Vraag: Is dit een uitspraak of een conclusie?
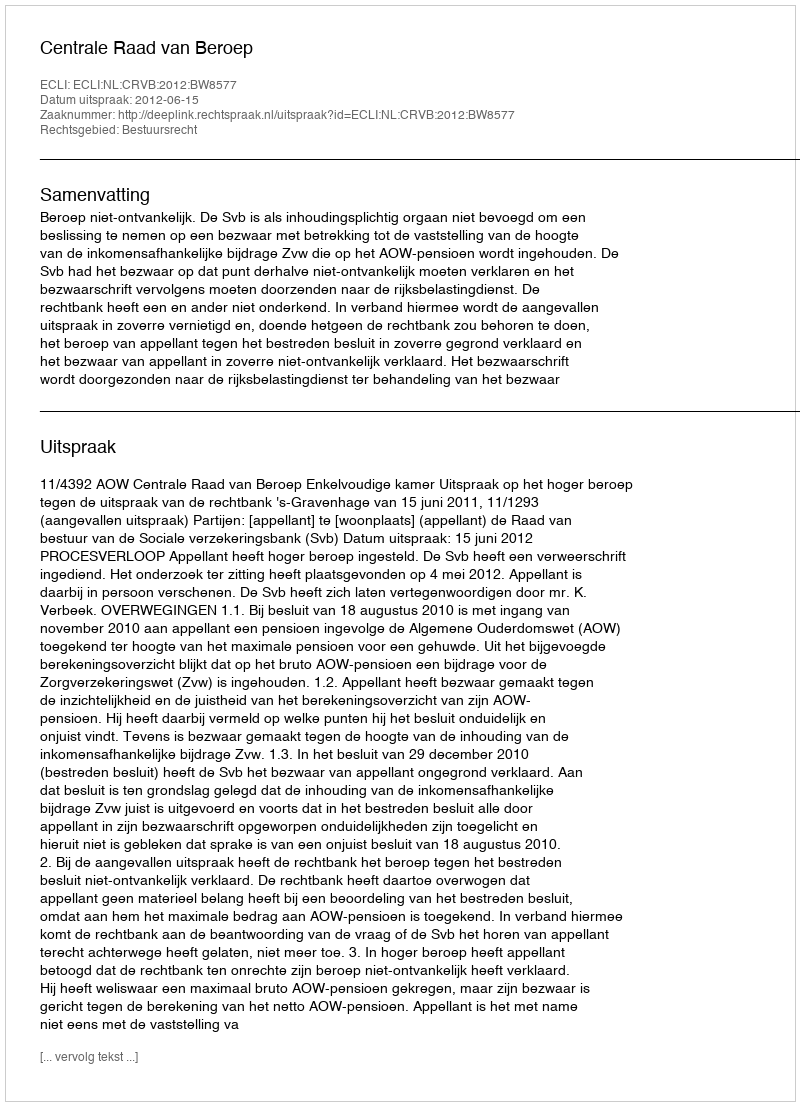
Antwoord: Uitspraak